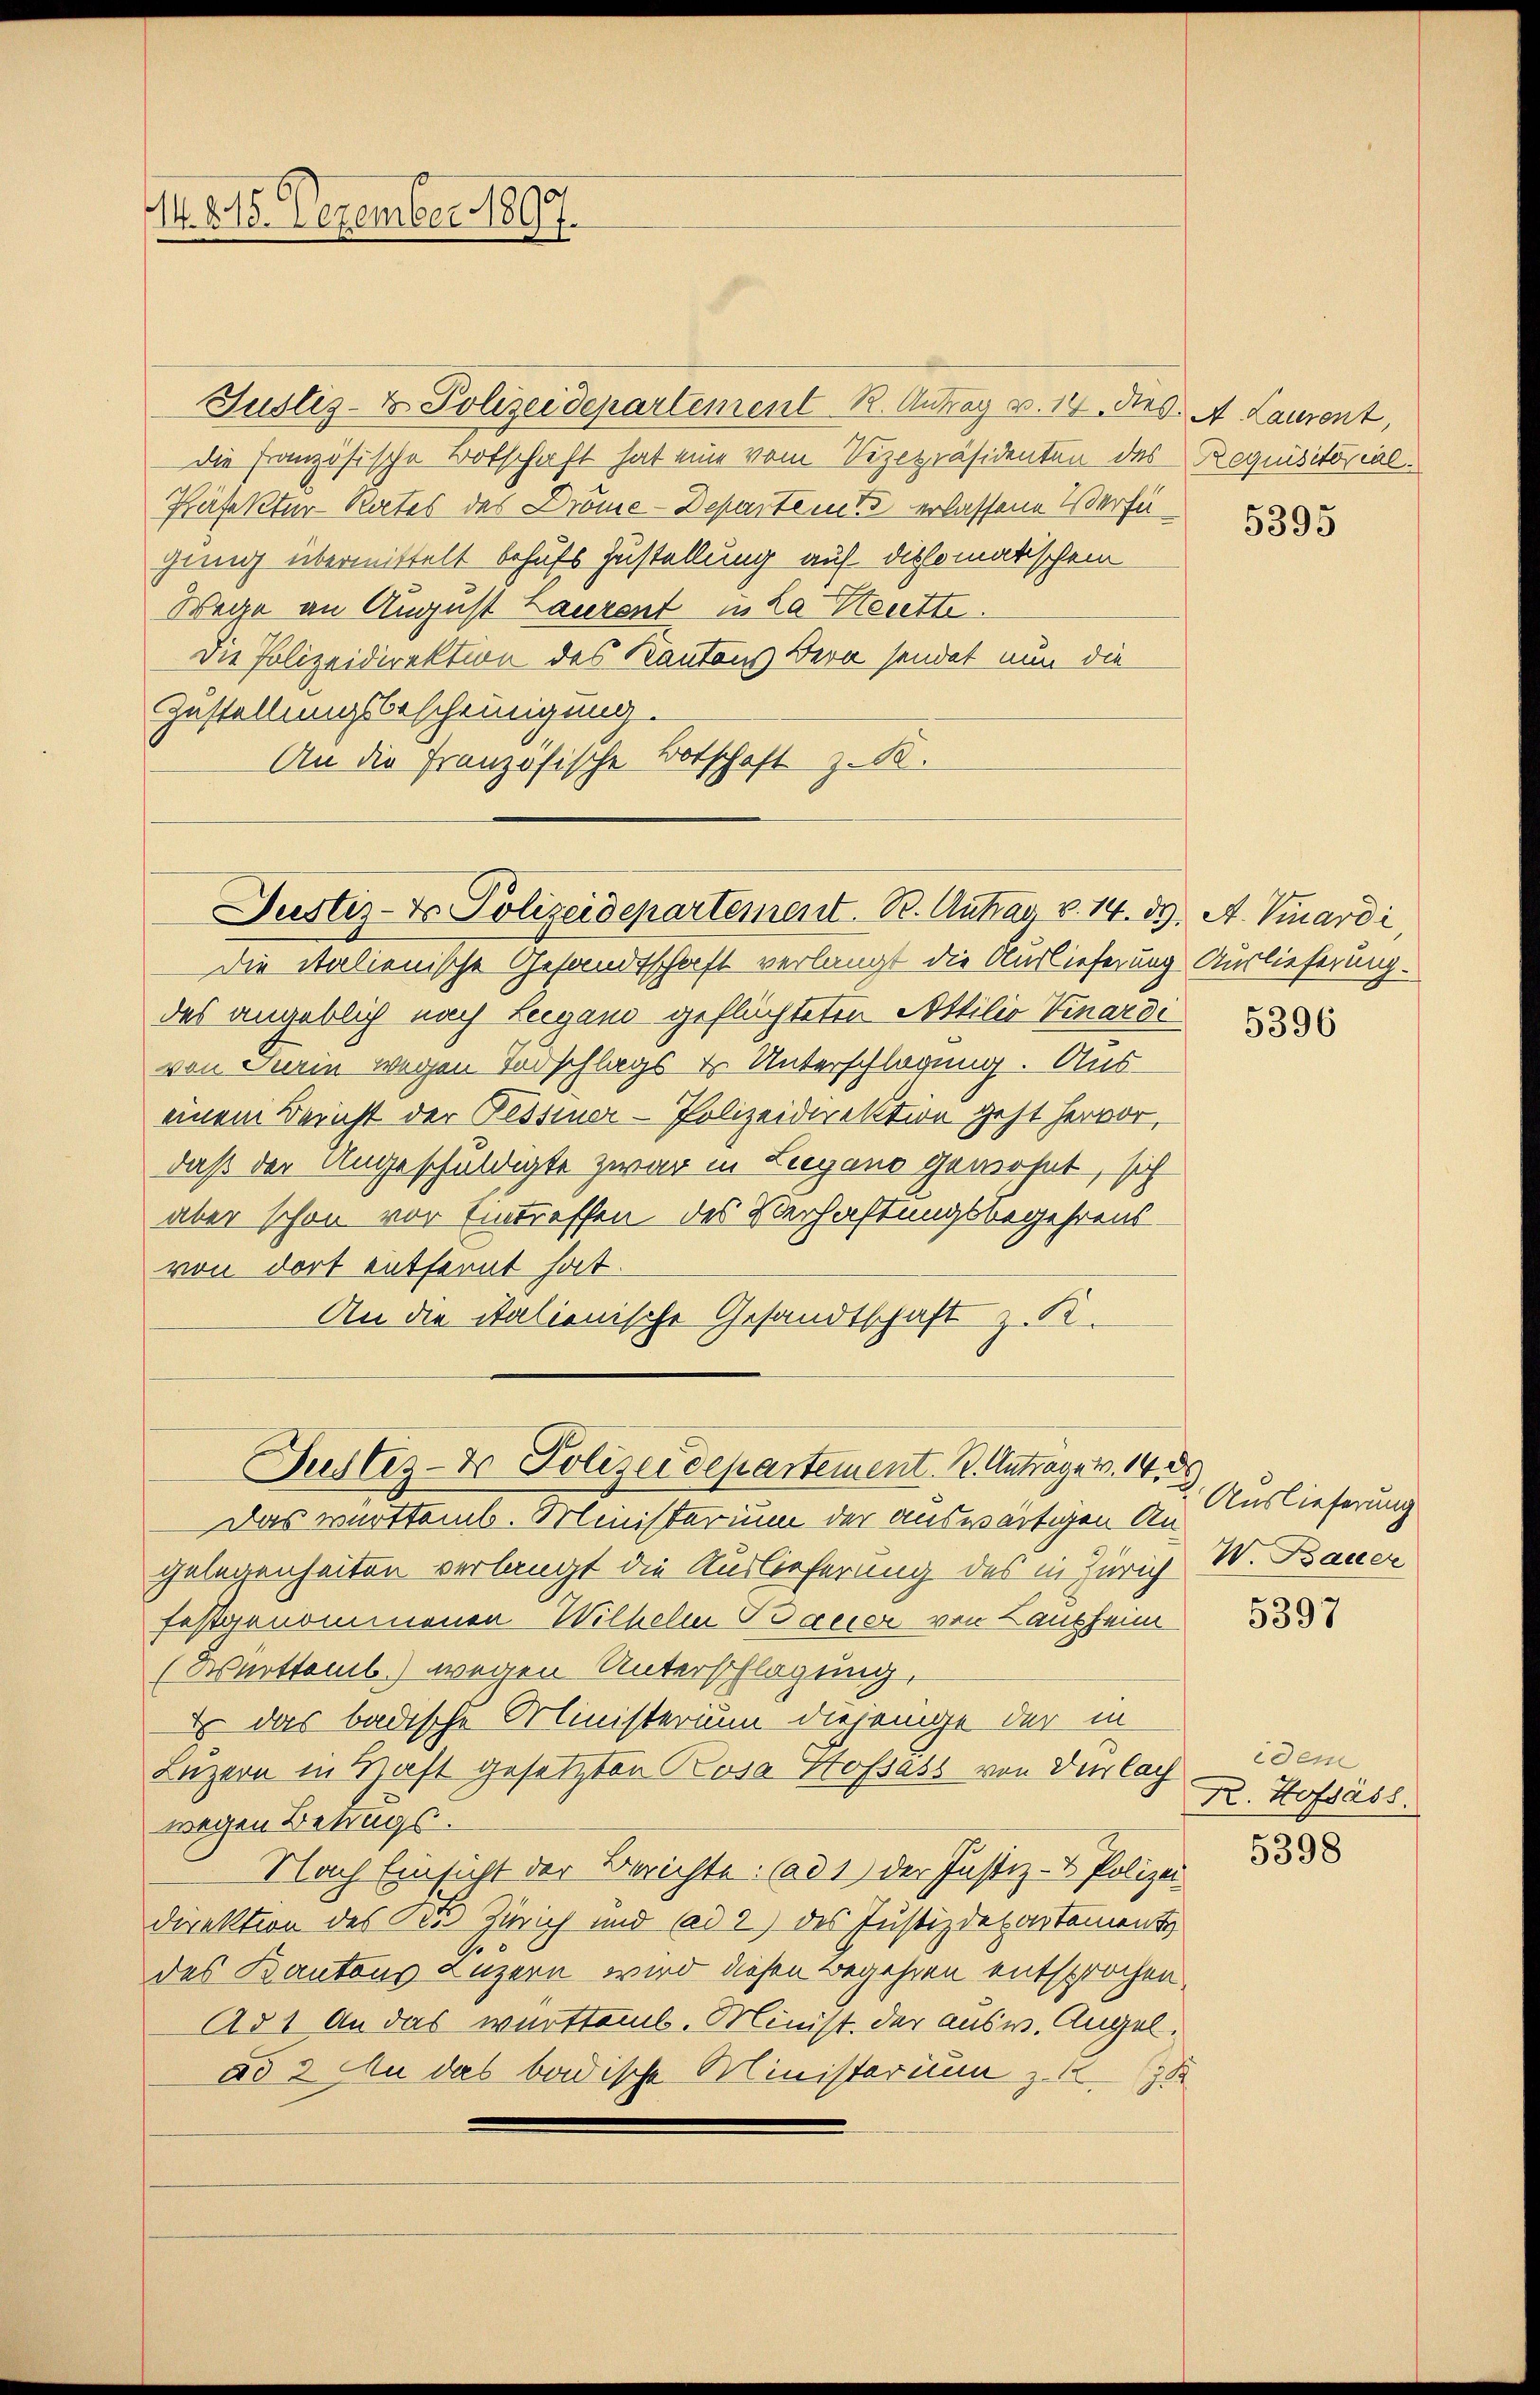
Justiz- & Polizeidepartement R. Antrag v. 14. des A. Laurent,
die französische Botschaft hat eine vom Vizepräsidenten des Requisitorial¬
Präfektur-Rates des Dröme-Departen erlassene Verfügung übermittelt behufs Zustellung auf dissomatischem
Wege an August Laurent in La Stette.
Die Polizeidirektion des Kantons Bern sendet nun die
Zustellungsbescheinigung.
An die Französische Botschaft z. R.

M. 218. Dezember 1897.

Seestez-Vo Polizeidepartement. B. Antrag v. 14. d. A. Vinardi

Die italienische Gesandtschaft verlangt die Auslieferung Auslieferung.
das angeblich nach Lugano geflüchteten Attilio Vinardi
von Turin wegen Vorschlags & Unterschlagung. Aus-
einem Bericht der Fessiner-Polizeidirektion geht hervor,
daß der Angeschuldigte zwar in Lugano gewohnt, sich
aber schon vor Eintreffen des Verhaftungsbegehrens
von dort entfernt hat.
An die italienische Gesandtschaft z. B.

Justiz- & Polizeidepartement. K. Antrages. 1489

Das württemb. Ministerium der auswärtigen Angelegenheiten verlangt die Auslieferung des in Zürich W. Bauer
festgenommenen Wilhelm Bacier von Laupheim
(Württemb.) wegen Unterschlagung,
Es das badische Ministerium diejenige der in
Luzern in Haft gesetzten Rosa Hofsass von der lach
wegen Betrugs.
Nach Einsicht der Berichte: ad 1) der Justiz- & Polizei
direktion des Kts. Zürich und ad 2) des Justizdepartement
des Kantons Luzern wird diesen Begehren entsprochen.
A51 An das württemb. Minist. der ausw. Angel.
§52 An das badische Ministerium zu 31

5395

5396

3. Auslieferung

5397

idem
K. Hofsäss

5398